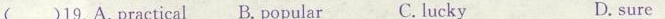
( )19.A.Practical B. Popular C.lucky D.sure